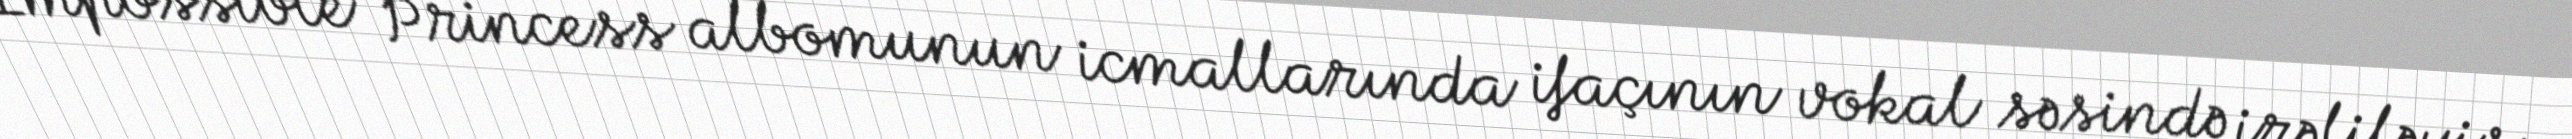
Impossible Princess albomunun icmallarında ifaçının vokal səsində irəliləyiş